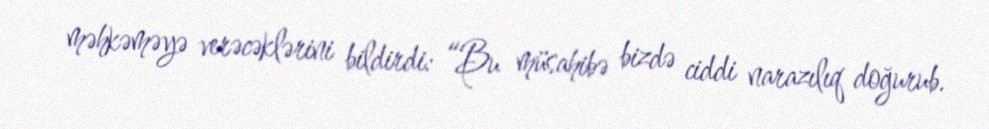
məhkəməyə verəcəklərini bildirdi: “Bu müsahibə bizdə ciddi narazılıq doğurub.